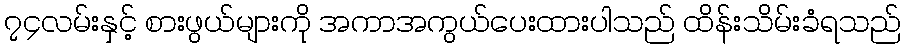
၇၄လမ်းနှင့် စားဖွယ်များကို အကာအကွယ်ပေးထားပါသည် ထိန်းသိမ်းခံရသည်